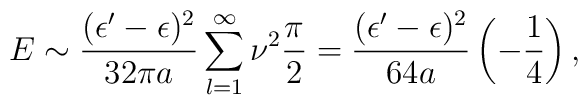
E\sim{(\epsilon'-\epsilon)^2\over32\pi a}\sum_{l=1}^\infty\nu^2{\pi\over2}={(\epsilon'-\epsilon)^2\over64 a}\left(-{1\over4}\right),